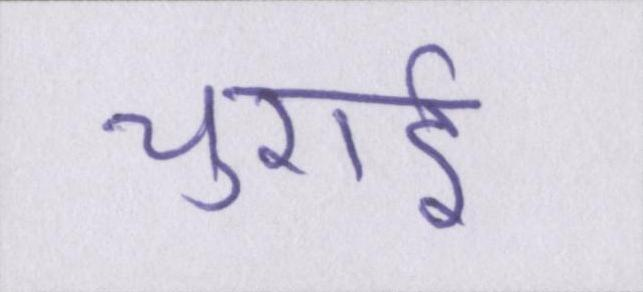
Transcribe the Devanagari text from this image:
चुराई